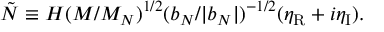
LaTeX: { \tilde { N } } \equiv H ( M / M _ { N } ) ^ { 1 / 2 } ( b _ { N } / | b _ { N } | ) ^ { - 1 / 2 } ( \eta _ { \mathrm { R } } + i \eta _ { \mathrm { I } } ) .